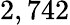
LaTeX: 2,742